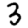
Digit: 3